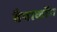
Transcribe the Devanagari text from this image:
वैयाकॉम